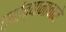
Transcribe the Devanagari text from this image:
त्यांच्यानावाने